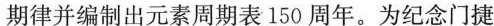
期律并编制出元素周期表150周年。为纪念门捷